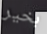
بخير